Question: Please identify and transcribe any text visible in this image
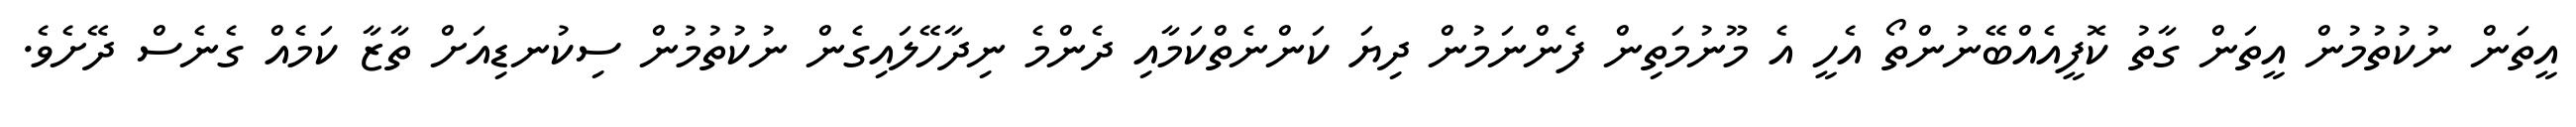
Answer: އީތަން ނުކުތުމުން އީތަން ގާތު ކޮފީއެއްބޭނުންތޯ އެހީ އެ މޫނުމަތިން ފެންނަމުން ދިޔަ ކަންނެތްކަމާއި ދެންމެ ނިދާހޭލައިގެން ނުކުތުމުން ސިކުނޑިއަށް ތާޒާ ކަމެއް ގެނެސް ދޭށެވެ.